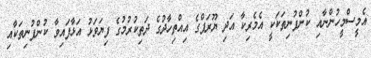
އެމީސްމީހުންނާއި ކުންފުނިތަކަކީ އެމެރިކާ އަދި ޔޫރަޕްގެ އިއްތިހާދުގެ ދަތިކުރުމުގެ ފިޔަވަޅު އަޅާފައިވާ ކުންފުނިތަކާއި